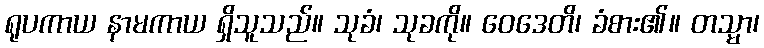
ရုပကာယ နာမကာယ ရှိသူသည်။ သုခံ၊ သုခကို။ ဝေဒေတိ၊ ခံစား၏။ တသ္မာ၊